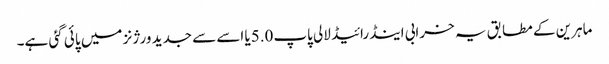
ماہرین کے مطابق یہ خرابی اینڈرائیڈ لالی پاپ5.0یا اسے سے جدید ورژنز میں پائی گئی ہے۔